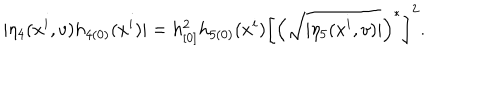
LaTeX: | \eta _ { 4 } ( x ^ { i } , v ) h _ { 4 ( 0 ) } ( x ^ { i } ) | = h _ { [ 0 ] } ^ { 2 } h _ { 5 ( 0 ) } ( x ^ { i } ) \left[ \left( \sqrt { | \eta _ { 5 } ( x ^ { i } , v ) | } \right) ^ { \ast } \right] ^ { 2 } .